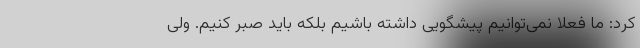
کرد: ما فعلاً نمی‌توانیم پیشگویی داشته باشیم بلکه باید صبر کنیم. ولی